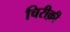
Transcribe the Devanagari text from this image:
चिरीक़ी